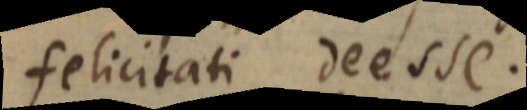
felicitati deesse.